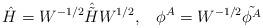
LaTeX: \begin{align*}\hat{H} =W^{-1/2}\hat{\tilde{H}}W^{1/2}, \;\;\;\phi^A =W^{-1/2}\tilde{\phi^A}\end{align*}